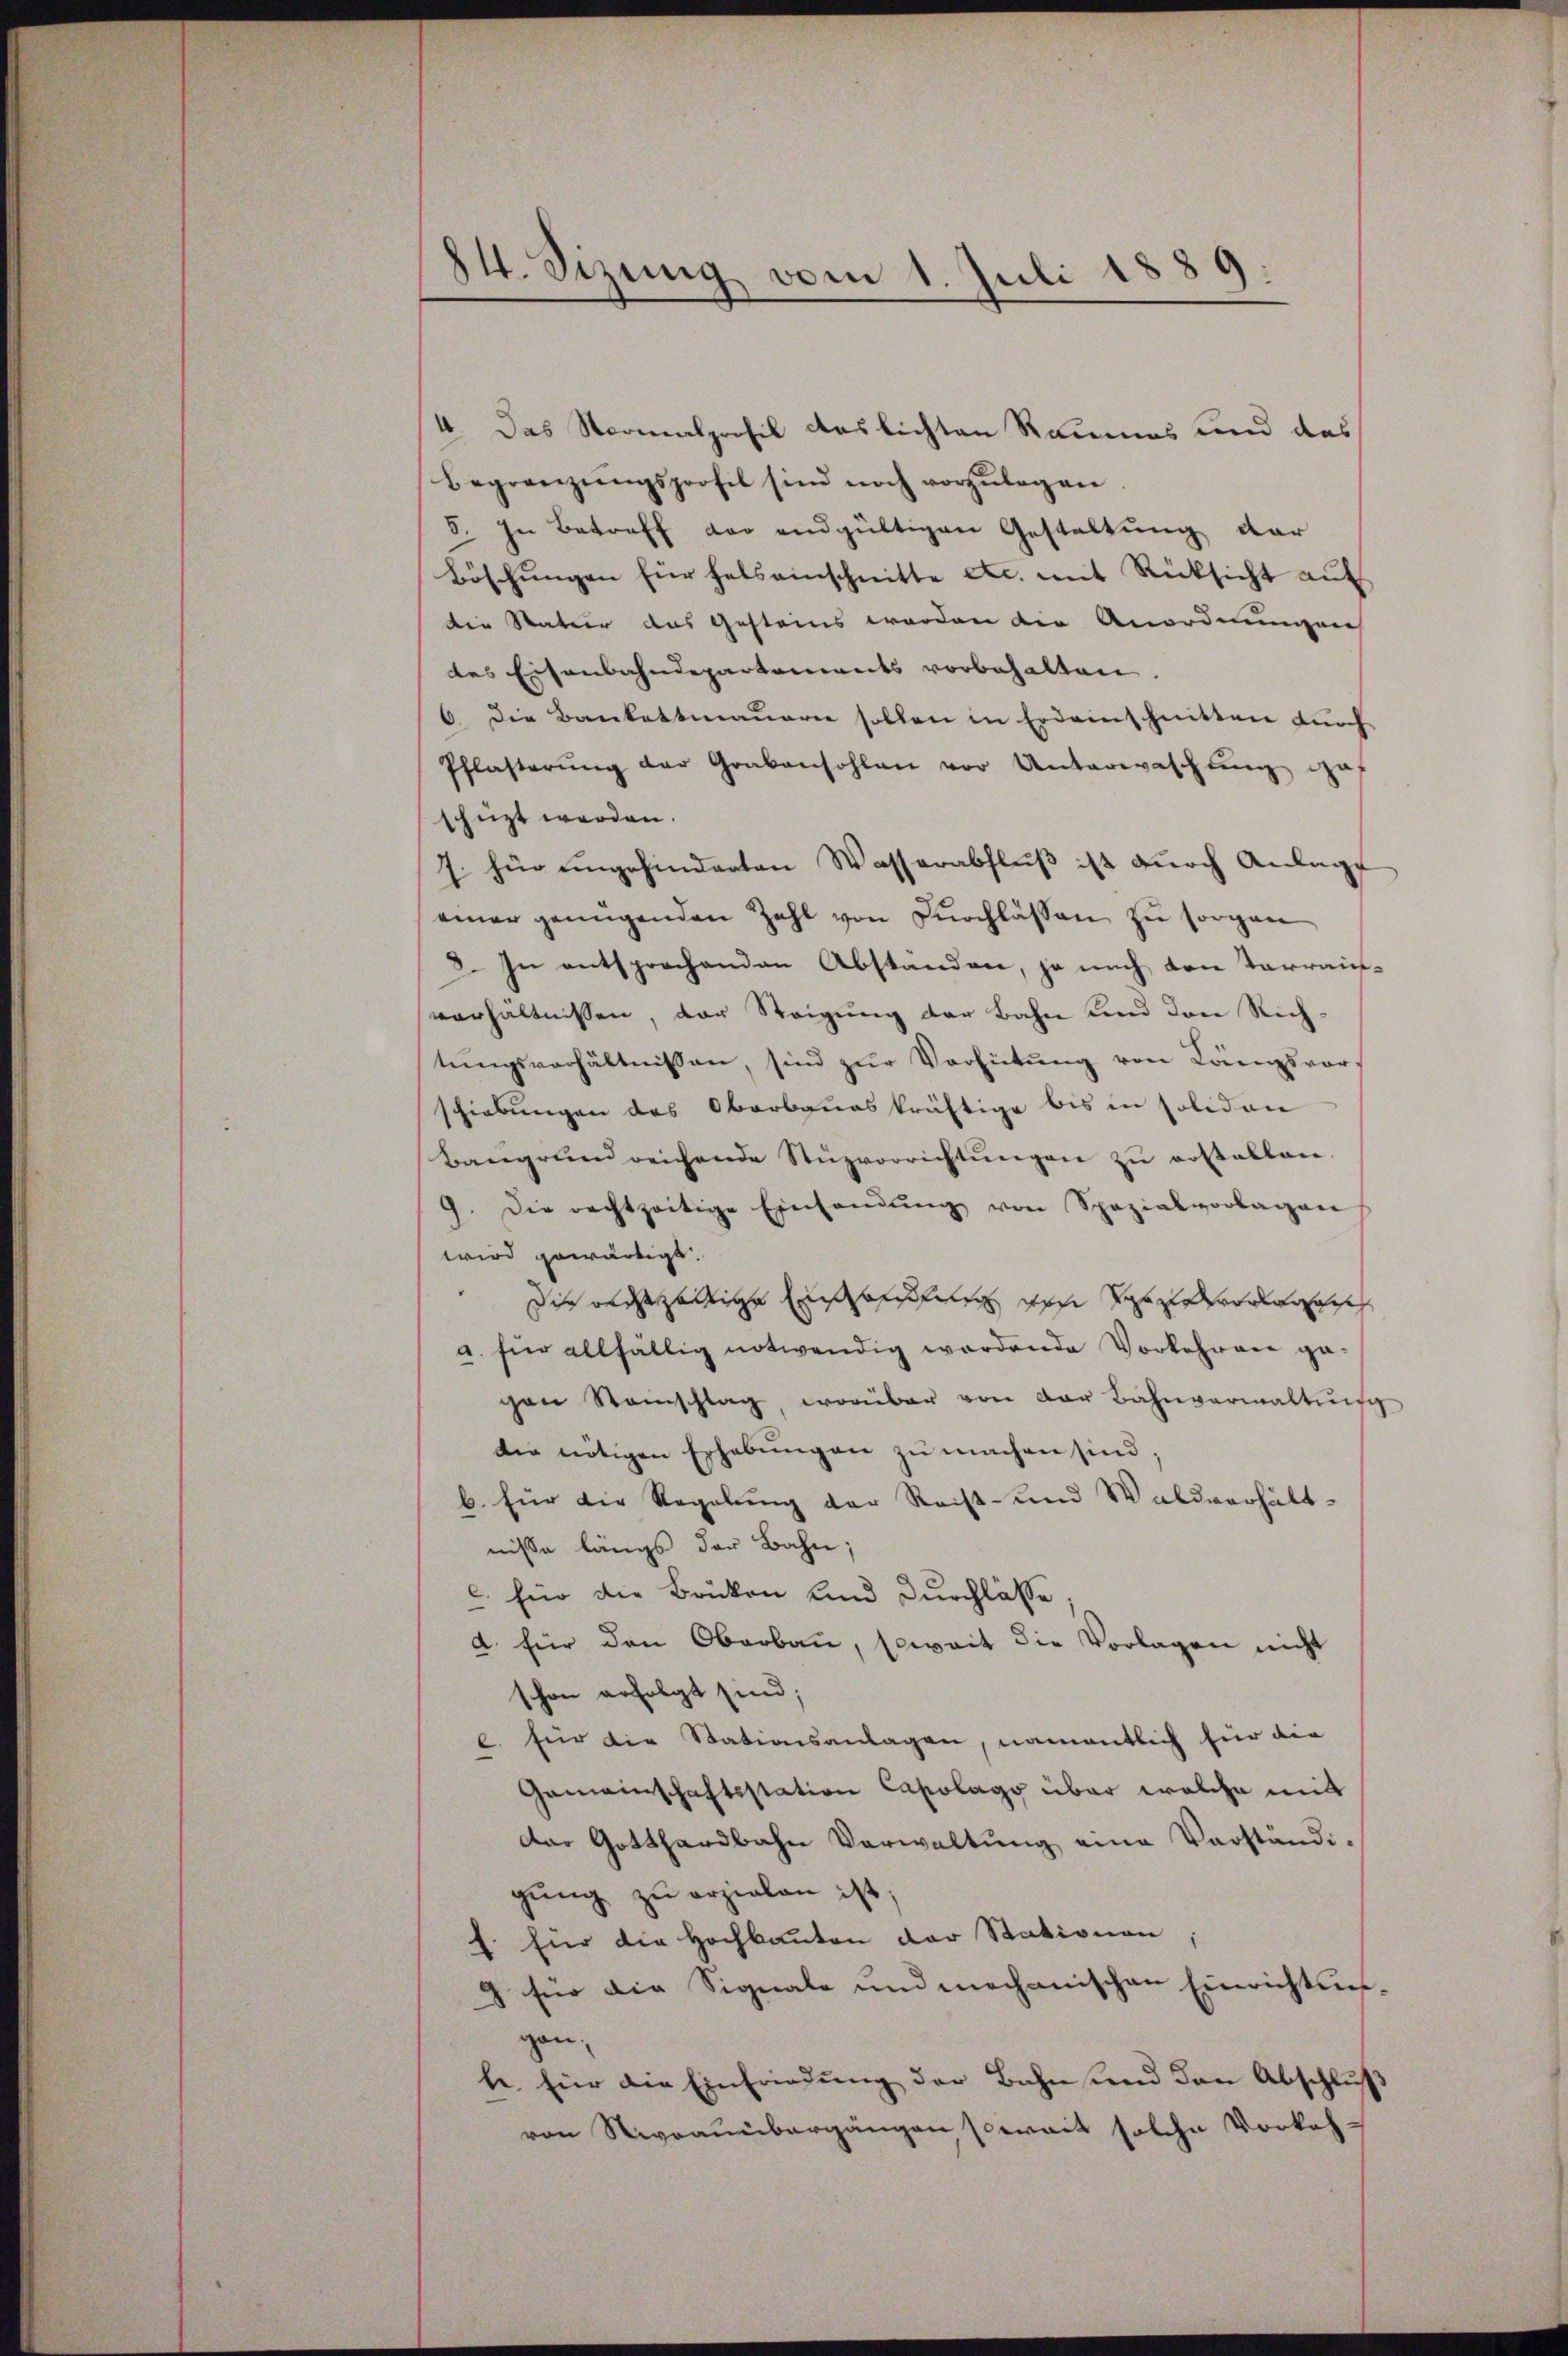
84. Sizung vom 1. Juli 1889.

4. Das Normalprofil auslichten Raumes und das
Begränzŭngsprofil sind noch vorzŭlegen
5. In Betreff der endgültigen Gestaltung dar
Böschŭngen für hals einschnitte etc. mit Rücksicht aŭf
die Natur das Gesteins worden die Anordnungen
des Eisenbahndepartements vorbehalten.
6. Die Bankettmaŭern sollen in Erdaunschnitten dŭrch
Pflasterŭng der Grabensohlen vor Unterwaschŭng ge
schüzt werden.
7. für angehinderten Wasserabflŭβ ist durch Anlage
einer genügenden Zahl von Dŭrchlassen zŭ sorgen
8. In entsprochenden Abständen, ja nach den Terrain-
verhältnissen, der Steigung der Bahn und den Richtŭngsverhältnissen, sind zur Verhütung von Langsvor
schiebungen des Oberbaueskräftige bis in soliden
Baugrund reichende Stüzvorrichtŭngen zŭ erstellen.
9. Die rechtzeitige Einsandŭng von Spazialvorlagen
wird gewärtigt.
Die verhältige Auffang der Pardisch
a. für allfällig notwendig werdende Vorkehren ge-
gen Steinschlag, worüber von der Bahnverwaltŭng
die nötigen Erhebŭngen zŭ machen sind;
b. für die Regelung der Reist- und Waldverhält-
nisse längs der Bahn;
 für die Brücken und Durchlasse
a für den Oberban, soweit die Vorlagen nicht
schon erfolgt sind;
l. für die Stationsanlagen, namentlich für die
Gemeinschaftsstation Capolags über welche mit
der Gotthardbahn Verwaltŭng eine Vorständi-
gŭng zŭ erzielen ist;
f. für die Hochbauten der Stationen
) für die Signale und mechanischen Einrichtnisgen;
be für die Einfriedung der Bahn und den Abschluß
von Niveauübergangen, soweit solche Vorkeh¬